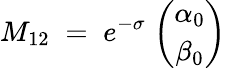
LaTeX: M_{12}\; =\; e^{-\sigma}\; {\binom{\alpha_{0}}{\beta_{0}}}